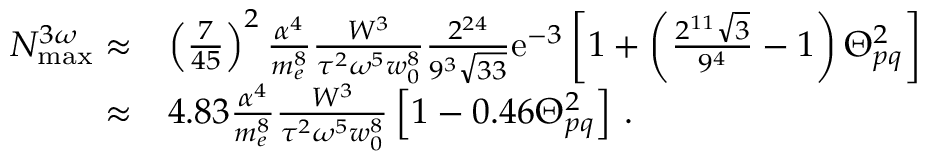
\begin{array} { r l } { N _ { \mathrm { m a x } } ^ { 3 \omega } \approx } & { \left( \frac { 7 } { 4 5 } \right) ^ { 2 } \frac { \alpha ^ { 4 } } { m _ { e } ^ { 8 } } \frac { W ^ { 3 } } { \tau ^ { 2 } \omega ^ { 5 } w _ { 0 } ^ { 8 } } \frac { 2 ^ { 2 4 } } { 9 ^ { 3 } \sqrt { 3 3 } } \mathrm { e } ^ { - 3 } \left[ 1 + \left( \frac { 2 ^ { 1 1 } \sqrt { 3 } } { 9 ^ { 4 } } - 1 \right) \Theta _ { p q } ^ { 2 } \right] } \\ { \approx } & { 4 . 8 3 \frac { \alpha ^ { 4 } } { m _ { e } ^ { 8 } } \frac { W ^ { 3 } } { \tau ^ { 2 } \omega ^ { 5 } w _ { 0 } ^ { 8 } } \left[ 1 - 0 . 4 6 \Theta _ { p q } ^ { 2 } \right] \, . } \end{array}